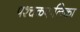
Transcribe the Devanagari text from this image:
पश्चकपालिका